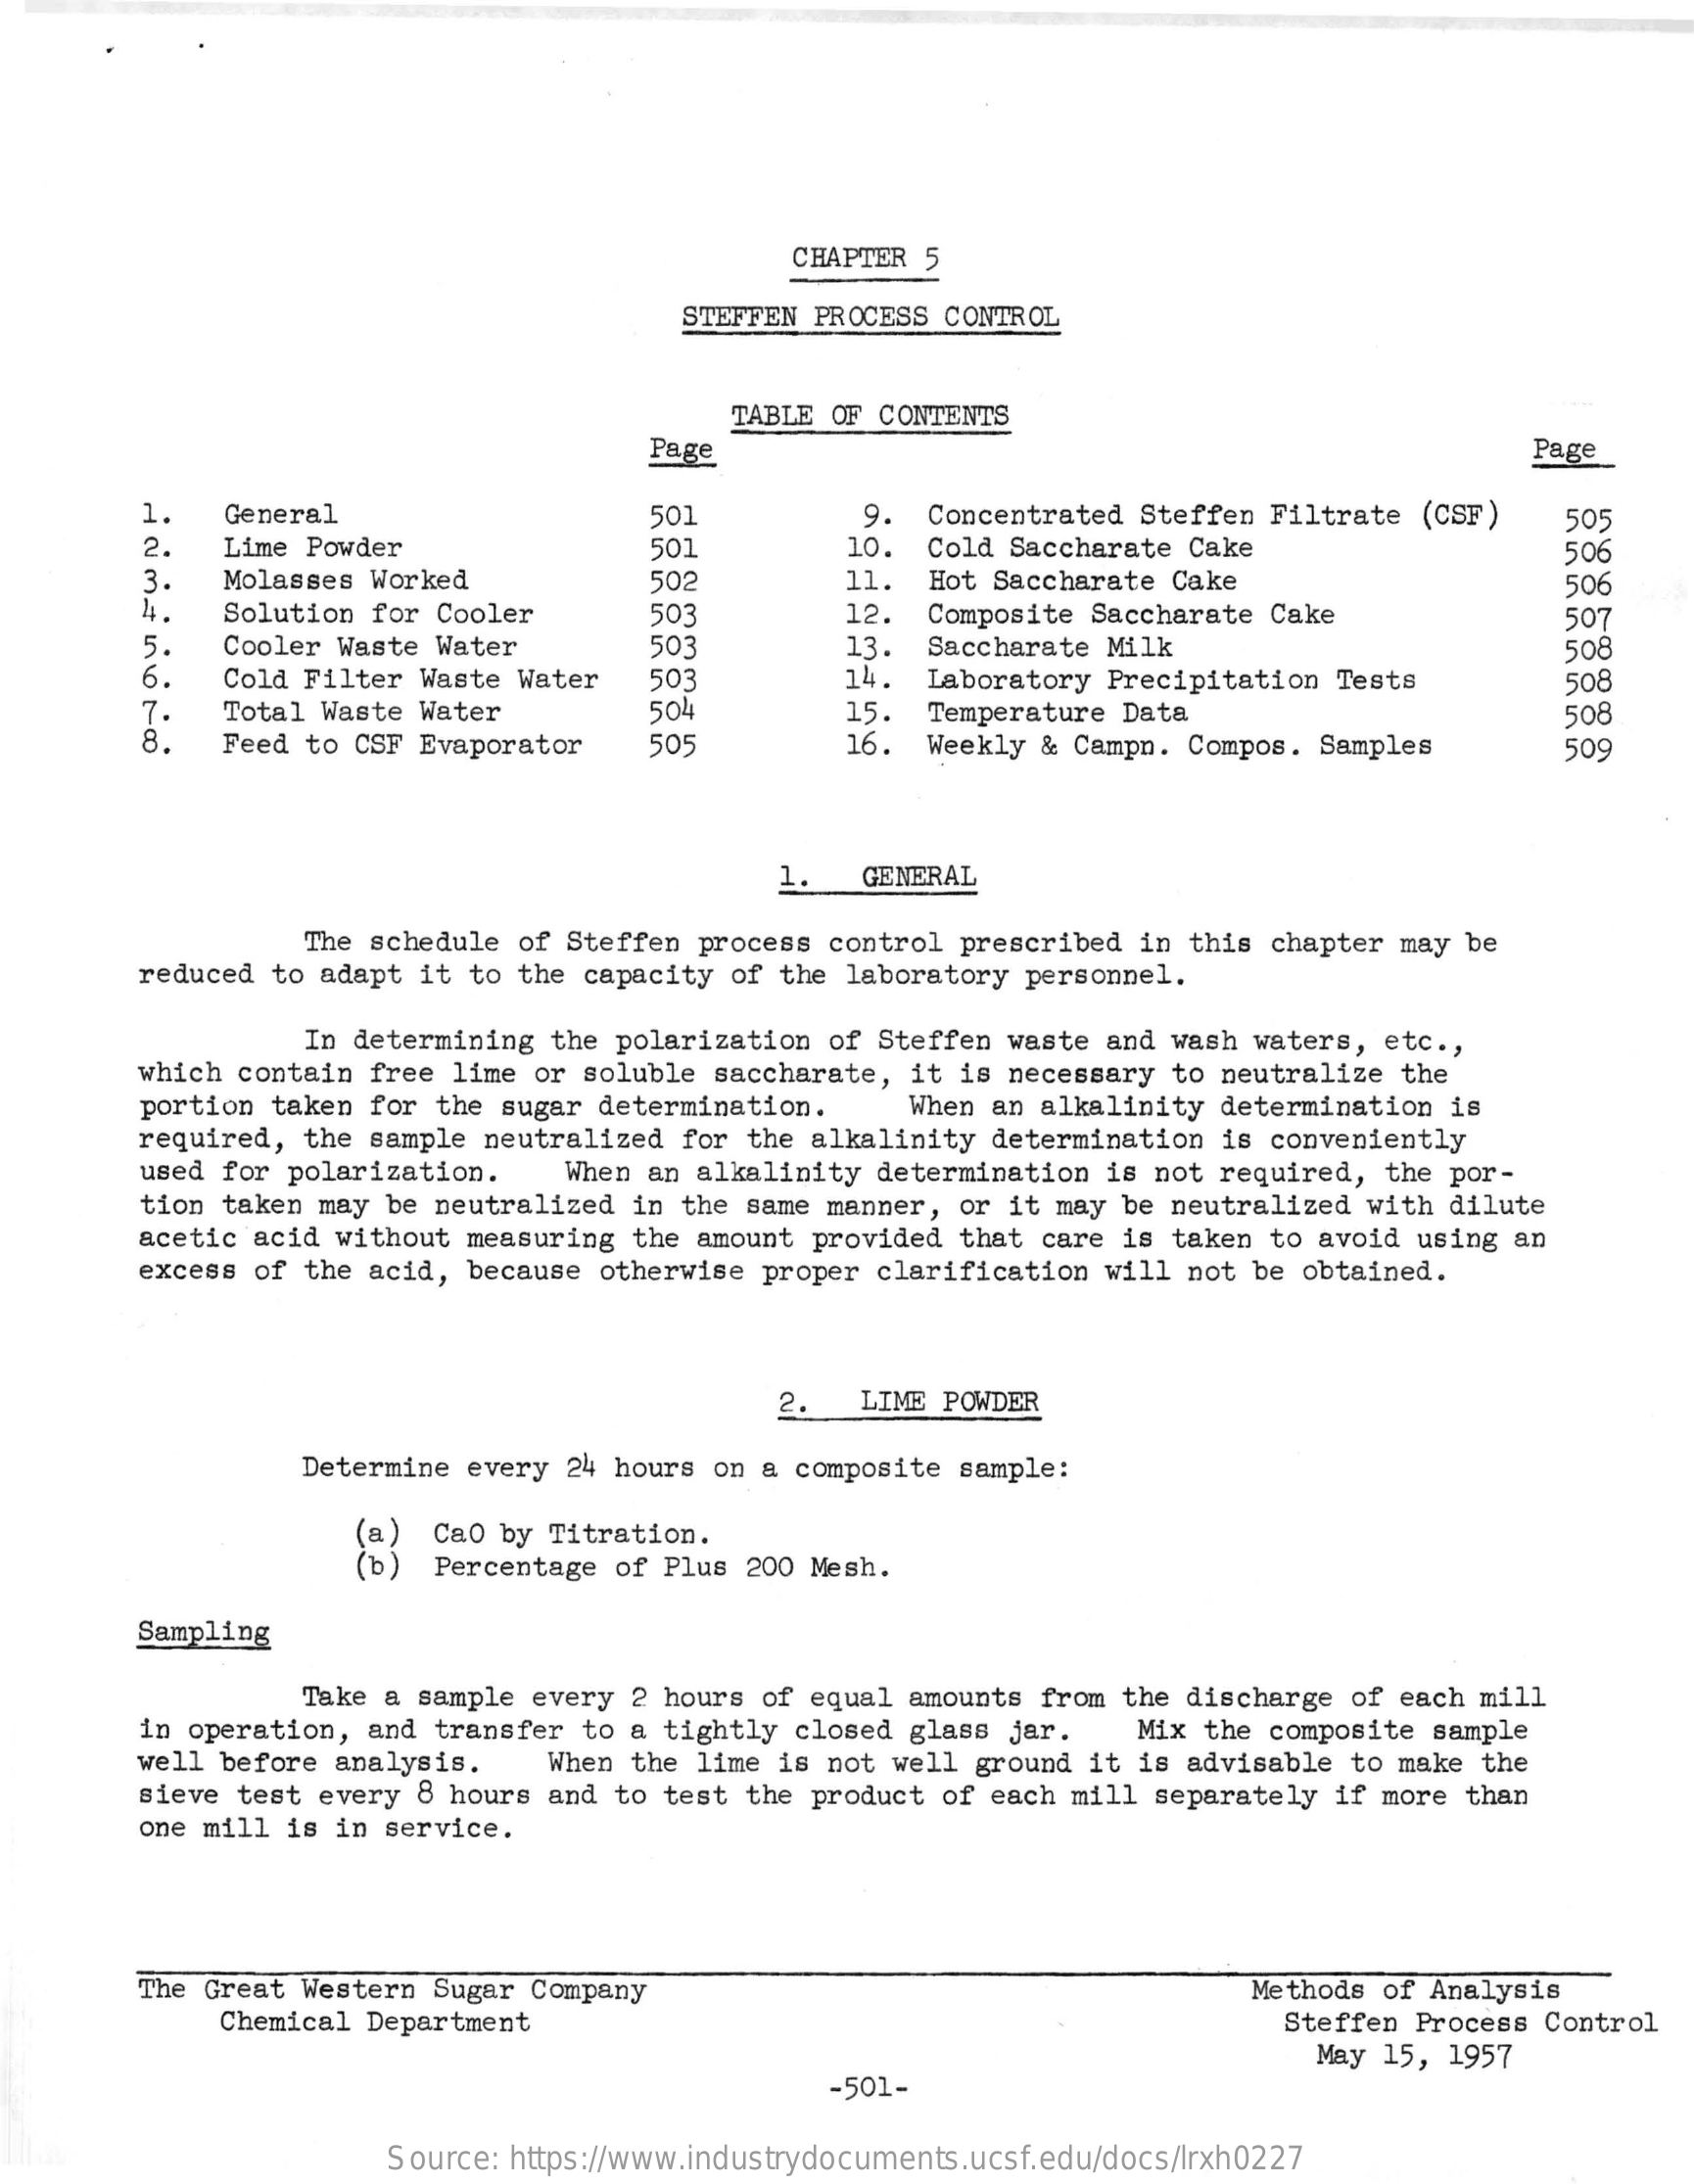
CHAPTER 5
     STEFFEN PROCESS CONTROL
     TABLE OF CONTENTS
     Page    Page
     1.  General    501    9. Concentrated Steffen Filtrate (CSF)
     2.  Lime Powder    501    10. Cold Saccharate Cake
     505
     Molasses Worked
     506
     502    11.
     Solution for Cooler
     Hot Saccharate Cake    506
     503    12. Composite Saccharate Cake
     Cooler Waste Water    503    13.
     507
     Cold Filter Waste Water 503    14.
     Saccharate Milk    508
     Total Waste Water
     Laboratory Precipitation Tests
     502    15.
     508
     Feed to CSF Evaporator
     Temperature Data
     505    16. Weekly & Campn. Compos. Samples
     508
     509
     1.   GENERAL
     The schedule of Steffen process control prescribed in this chapter may be
     reduced to adapt it to the capacity of the laboratory personnel.
     In determining the polarization of Steffen waste and wash waters, etc .,
     which contain free lime or soluble saccharate, it is necessary to neutralize the
     portion taken for the sugar determination. When an alkalinity determination is
     required, the sample neutralized for the alkalinity determination is conveniently
     used for polarization. When an alkalinity determination is not required, the por-
     tion taken may be neutralized in the same manner, or it may be neutralized with dilute
     acetic acid without measuring the amount provided that care is taken to avoid using an
     excess of the acid, because otherwise proper clarification will not be obtained.
     2.   LIME POWDER
     Determine every 24 hours on a composite sample:
     (a) CaO by Titration.
     Percentage of Plus 200 Mesh.
     Sampling
     Take a sample every 2 hours of equal amounts from the discharge of each mill
     in operation, and transfer to a tightly closed glass jar. Mix the composite sample
     well before analysis. When the lime is not well ground it is advisable to make the
     sieve test every 8 hours and to test the product of each mill separately if more than
     one mill is in service.
     The Great Western Sugar Company    Methods of Analysis
     Chemical Department    Steffen Process Control
     May 15, 1957
     -501-
     Source: https://www.industrydocuments.ucsf.edu/docs/lrxh0227